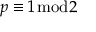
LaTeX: p \equiv 1 { \bmod { 2 } }